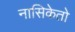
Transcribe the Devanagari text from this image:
नासिकेतो